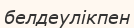
белдеулікпен